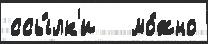
ссы́лк'и   мо́жно